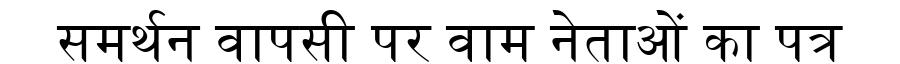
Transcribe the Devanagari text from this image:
समर्थन वापसी पर वाम नेताओं का पत्र